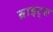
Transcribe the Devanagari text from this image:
ब्राइट्स